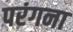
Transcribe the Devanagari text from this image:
परंगना